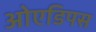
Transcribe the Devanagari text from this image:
ओएडिपस